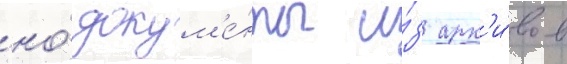
но́ докум'е́нты и́з арх'и́вов